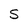
Character: S